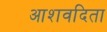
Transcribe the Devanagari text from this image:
आशवदिता